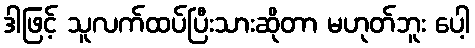
ဒါဖြင့် သူလက်ထပ်ပြီးသားဆိုတာ မဟုတ်ဘူး ပေါ့